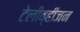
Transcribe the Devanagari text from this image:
टेलीव्हीजन